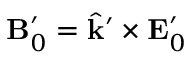
\mathbf { B } _ { 0 } ^ { \prime } = \hat { \mathbf { k } } ^ { \prime } \times \mathbf { E } _ { 0 } ^ { \prime }